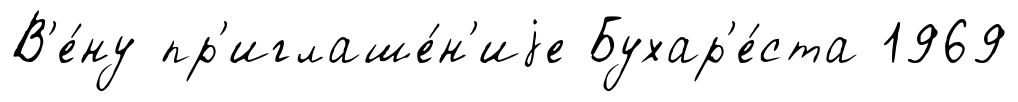
В'е́ну пр'иглаше́н'иjе Бухар'е́ста 1969